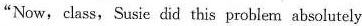
"Now,clhss,Susie did this problem abelutsly